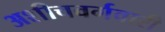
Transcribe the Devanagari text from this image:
अशीचवर्गवारी